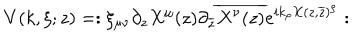
LaTeX: V ( k , \xi ; z ) = : \xi _ { \mu \nu } \partial _ { z } X ^ { \mu } ( z ) \partial _ { \overline { { { z } } } } \overline { { { X ^ { \nu } ( z ) } } } e ^ { i k _ { \rho } X ( z , \overline { { { z } } } ) ^ { \rho } } :